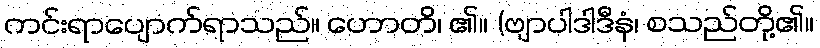
ကင်းရာပျောက်ရာသည်။ ဟောတိ၊ ၏။ (ဗျာပါဒါဒီနံ၊ စသည်တို့၏။